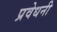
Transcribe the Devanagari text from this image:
प्रवेधनी